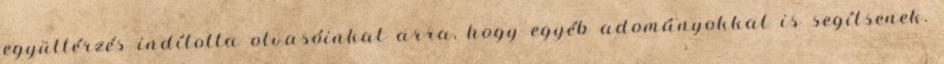
együttérzés indította olvasóinkat arra, hogy egyéb adományokkal is segítsenek.